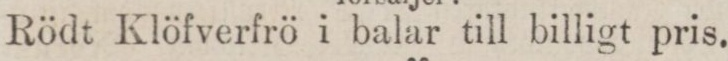
Rödt Klöfverfrö i balar till billigt pris.